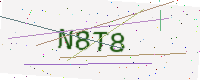
Text: N8T8